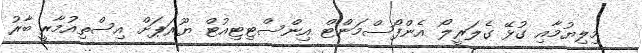
މިލިޔުމާއި ގުޅޭ ގެލަރީލޯ އެންފޯސްމަންޓް އިންސްޓިޓިއުޓް ޔޫރަޕަށް އިސްތިއުމާރީ ބާރު